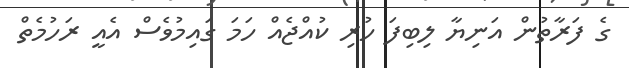
ގެ ފަރާތުން އަނިޔާ ލިބިފަ ހުރި ކުއްޖެއް ހަމަ ގައިމުވެސް އެއީ ރަހުމެތް